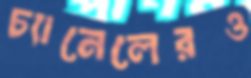
চ্যানেলেরও